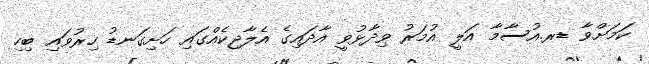
ކަމަށްވާ ޑރ.އުސާމާ އަލީ އުމަރު ވިދާޅުވީ އާދައިގެ އެލާޖިކެއްގައި ހަށިގަނޑު ހިރުވައި ބިހި